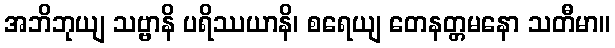
အဘိဘုယျ သဗ္ဗာနိ ပရိဿယာနိ၊ စရေယျ တေနတ္တမနော သတီမာ။